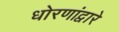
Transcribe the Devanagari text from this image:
धोरणांद्वारे